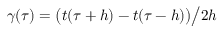
\gamma ( \tau ) = \bigl ( t ( \tau + h ) - t ( \tau - h ) \bigr ) \big / 2 h